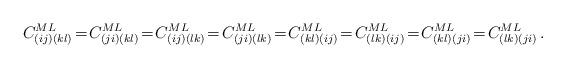
LaTeX: \begin{align*}C^{ML}_{( i j )( k l )}\! =\!C^{ML}_{( ji )( kl )} \! = \!C^{ML}_{( ij )( lk )}\! = \!C^{ML}_{( ji )( lk )}\! = \!C^{ML}_{( kl )( ij )}\! = \!C^{ML}_{( lk )( ij )}\! = \!C^{ML}_{( kl )( ji )}\! = \!C^{ML}_{( lk )( ji )}\,.\end{align*}